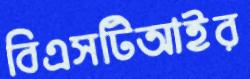
বিএসটিআইর